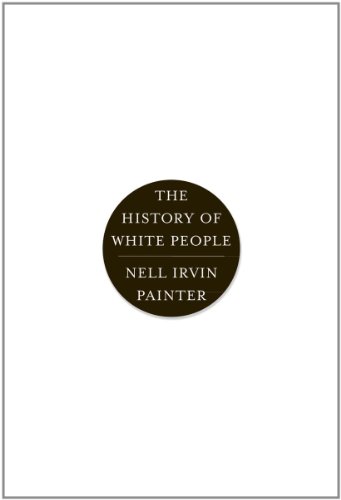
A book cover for The History of White People; Nell Irvin Painter; History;